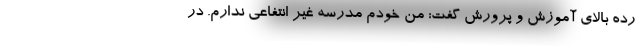
رده بالای آموزش و پرورش گفت: من خودم مدرسه غیر انتفاعی ندارم. در